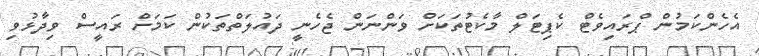
އެހެންކަމުން ޕްރައިވެޓް ކެޕިޓަލް މާކެޓުތަކަށް ވަންނަން ޖެހެނީ ދައުލަތްތަކުން ކަމަށް ރައީސް ވިދާޅުވި